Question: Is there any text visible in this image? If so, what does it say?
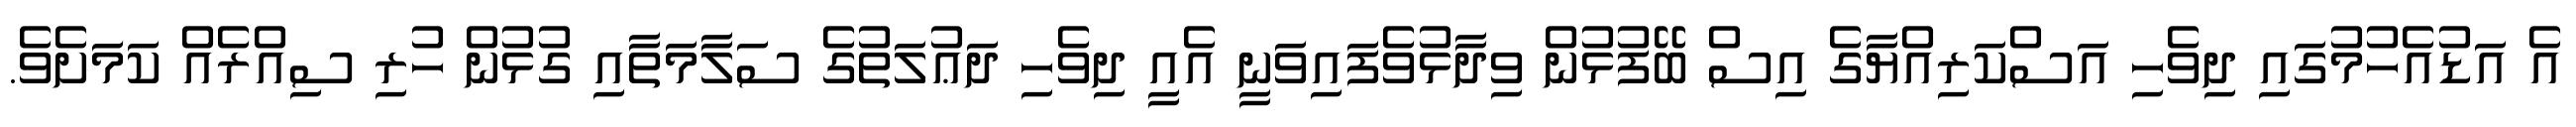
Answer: އެ އަޑުއެހުމުގައި ދިވެހި އަސްކަރިއްޔާގެ އިސް ބޭފުޅުން ވިދާޅުވެފައިވަނީ އެއީ ދިވެހި ދަޢުލަތުގެ ސަލާމަތާއި ގުޅުން ހުރި ސިއްރެއް ކަމަށެވެ.